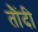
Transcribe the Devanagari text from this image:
तौंदी